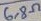
Text: 6,8Ω